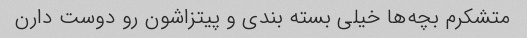
متشکرم بچه‌ها خیلی بسته بندی و پیتزاشون رو دوست دارن